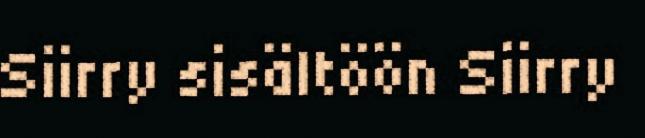
Siirry sisältöön Siirry